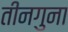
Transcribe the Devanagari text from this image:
तीनगुना